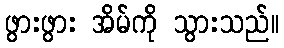
ဖွားဖွား အိမ်ကို သွားသည်။